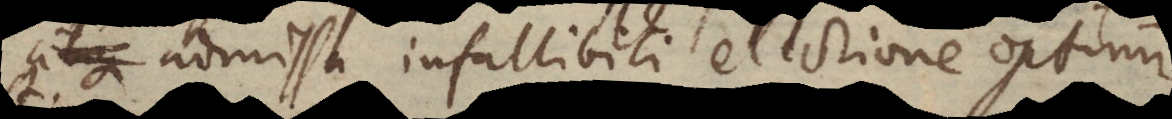
admissa infallibili electione optimi